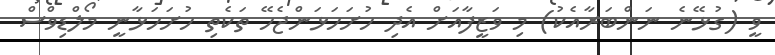
ވީ (ގުޅޭނެ ނަންބަރާއެކު) މި ވަޒީފާއަށް އެދި ހުށަހަޅަންޖެހޭ ތަކެތި ހުށަހަޅާނީ މޯލްޑިވްސް